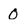
Character: 0